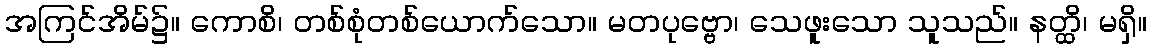
အကြင်အိမ်၌။ ကောစိ၊ တစ်စုံတစ်ယောက်သော။ မတပုဗ္ဗော၊ သေဖူးသော သူသည်။ နတ္ထိ၊ မရှိ။